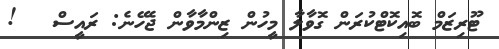
ޓޫރިޒަމް ބޮއިކޮޓްކުރަން ގޮވާލާ މީހުން ޒިންމާވާން ޖެހޭނެ: ރައީސް   !